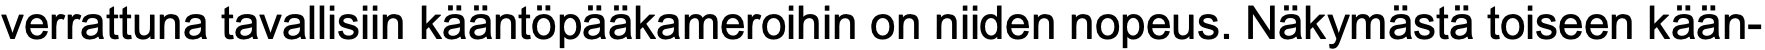
verrattuna tavallisiin kääntöpääkameroihin on niiden nopeus. Näkymästä toiseen kään-